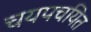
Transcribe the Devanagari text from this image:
चयपचयित